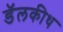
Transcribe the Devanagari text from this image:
डॅलकीथ